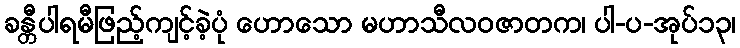
ခန္တီပါရမီဖြည့်ကျင့်ခဲ့ပုံ ဟောသော မဟာသီလဝဇာတက၊ ပါ-ပ-အုပ်၁၃၊